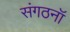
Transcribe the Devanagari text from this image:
संगठनॉ